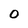
Character: 0